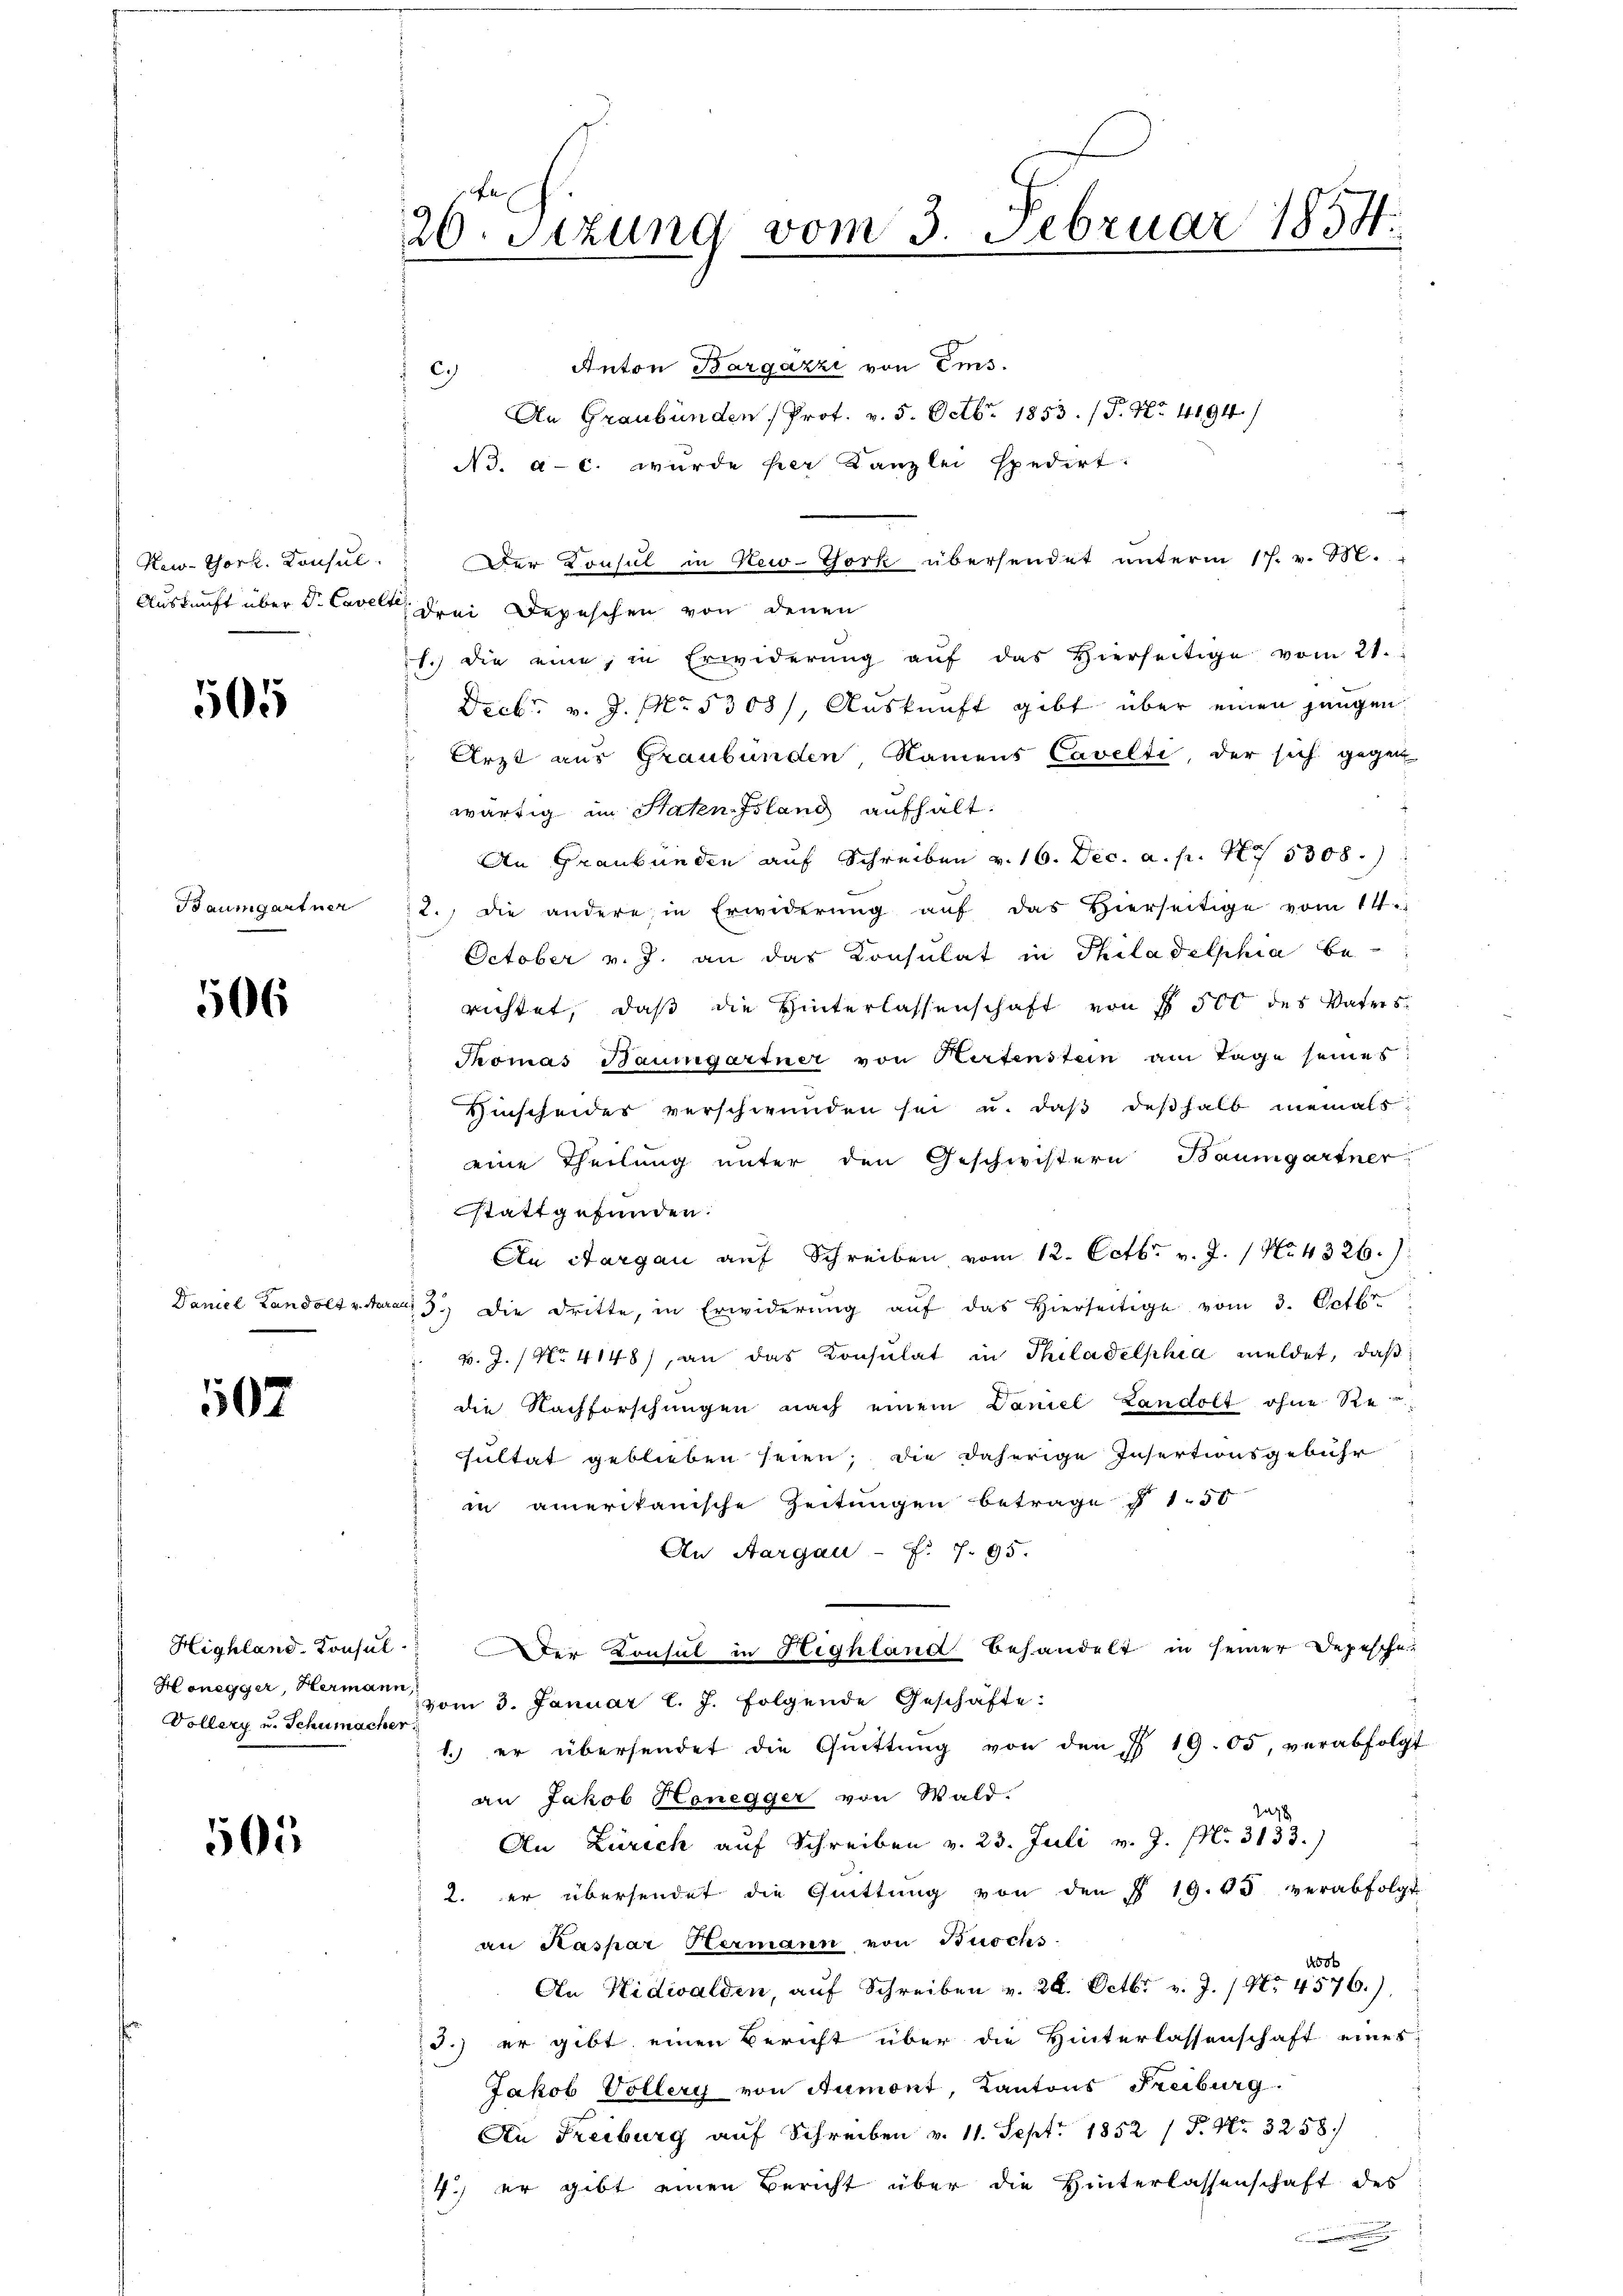
505

Baumgartner

506

507

Honegger, Hermann,
Vollery u. Schumacher

505

20. Sitzung vom 3. Februar 1854.

c)

Anton Bargázzi von Ems.
An Graubünden (Prot. v. 5. Octb. 1853. /P. Nr. 4194)
N3. a. c. wurde her Kanzlei spedirt:
Kew-Thork. Konsul. Der Konsul in New-York übersendet ŭnterm 17. v. M.
Auskunft über Dr. Cavelle drei Depeschen von denen
1.) die eine, in Erwiderung auf das Hierseitige vom 21.
Dreb. v. J. NNo. 5308/, Auskunft gibt über einen jungen
Arzt aus Graubünden, Namens Cavelti, der sich gegen
wärtig im Staten Island aufhält.
An Graubünden auf Schreiben v. 16. Dec. a. p. 1775308.
12. die andere in Erwiderŭng aŭf das hierseitige vom 14.
October v. J. an das Konsulat in Philadelphia be-
richtet, daβ die Hinterlassenschaft von § 500 des Vaters
Thomas Baumgartner von Kartenstein am Tage seines
Hinscheides verschwunden sei u. daβ deshalb niemals
eine Theilung unter den Geschwistern Baumgartner
stattgefunden.
An Aargau auf Schreiben vom 12. Octbr. v. J. 1 No. 4326.
Daniel Landolt v. Aarauf 3.) Die Dritte, in Erwiderŭng aŭf das hierseitige vom 3. Octbr.
v. J. No. 4148) an das Consulat in Philadelphia meldet, daß
die Nachforschungen nach einem Daniel Landolt ohne Re
sultat geblieben seien; die daherige Insertionsgebühr
in amerikanische Zeitungen betrage § 1. 50
An Aargau - f. 7. 95.
Highland-Consul." Der Konsul in Highland behandelt in seiner Depesche-
vom 3. Januar l. J. folgende Geschäfte:
1. er übersendet die Quittung von den I 19. 65, verabfolgt
an Jakob Honegger von Wald.
1278
An Zürich auf Schreiben v. 23. Juli v. J. Nr. 3133.)
2. er übersendet die Quittung von den § 19. 63 verabfolgt
an Kaspar Hermann von Buochs
60
An Nidwalden, aŭf Schreiben v. 28. Octbr. v. J. / No. 4576.)
3.) er gibt einen Bericht über die Hinterlassenschaft eines
Jakob Vollery von Aumont, Kantons Freiburg.
An Freiburg auf Schreiben v. 11. Sept. 1852 / P. Nr. 3258.
4.) er gibt einen Bericht über die Hinterlassenschaft des
.